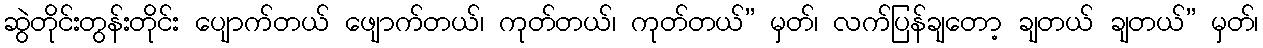
ဆွဲတိုင်းတွန်းတိုင်း ပျောက်တယ် ဖျောက်တယ်၊ ကုတ်တယ်၊ ကုတ်တယ်” မှတ်၊ လက်ပြန်ချတော့ ချတယ် ချတယ်” မှတ်၊